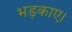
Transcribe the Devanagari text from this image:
भड़काए।